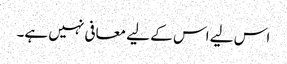
اس لیے اس کے لیے معافی نہیں ہے۔